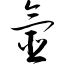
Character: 氩